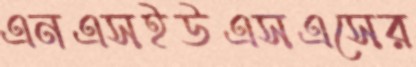
এনএসইউএসএসের